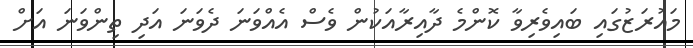
މައުރަޒުގައި ބައިވެރިވާ ކޮންމެ ދާއިރާއަކުން ވެސް އެއްވަނަ ދެވަނަ އަދި ތިންވަނަ އަށް